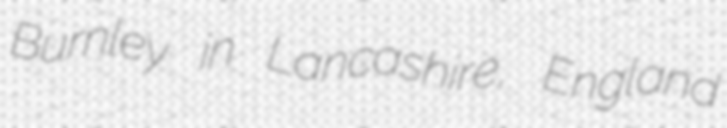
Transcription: Burnley in Lancashire, England